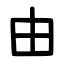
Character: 由